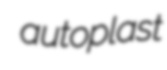
autoplast